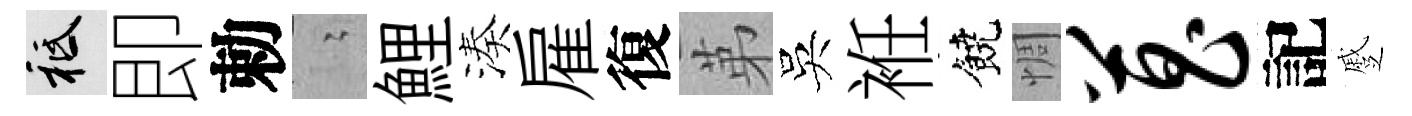
祇即勅隐鯉湊雇復苐吳袵饒惆菖記蹙